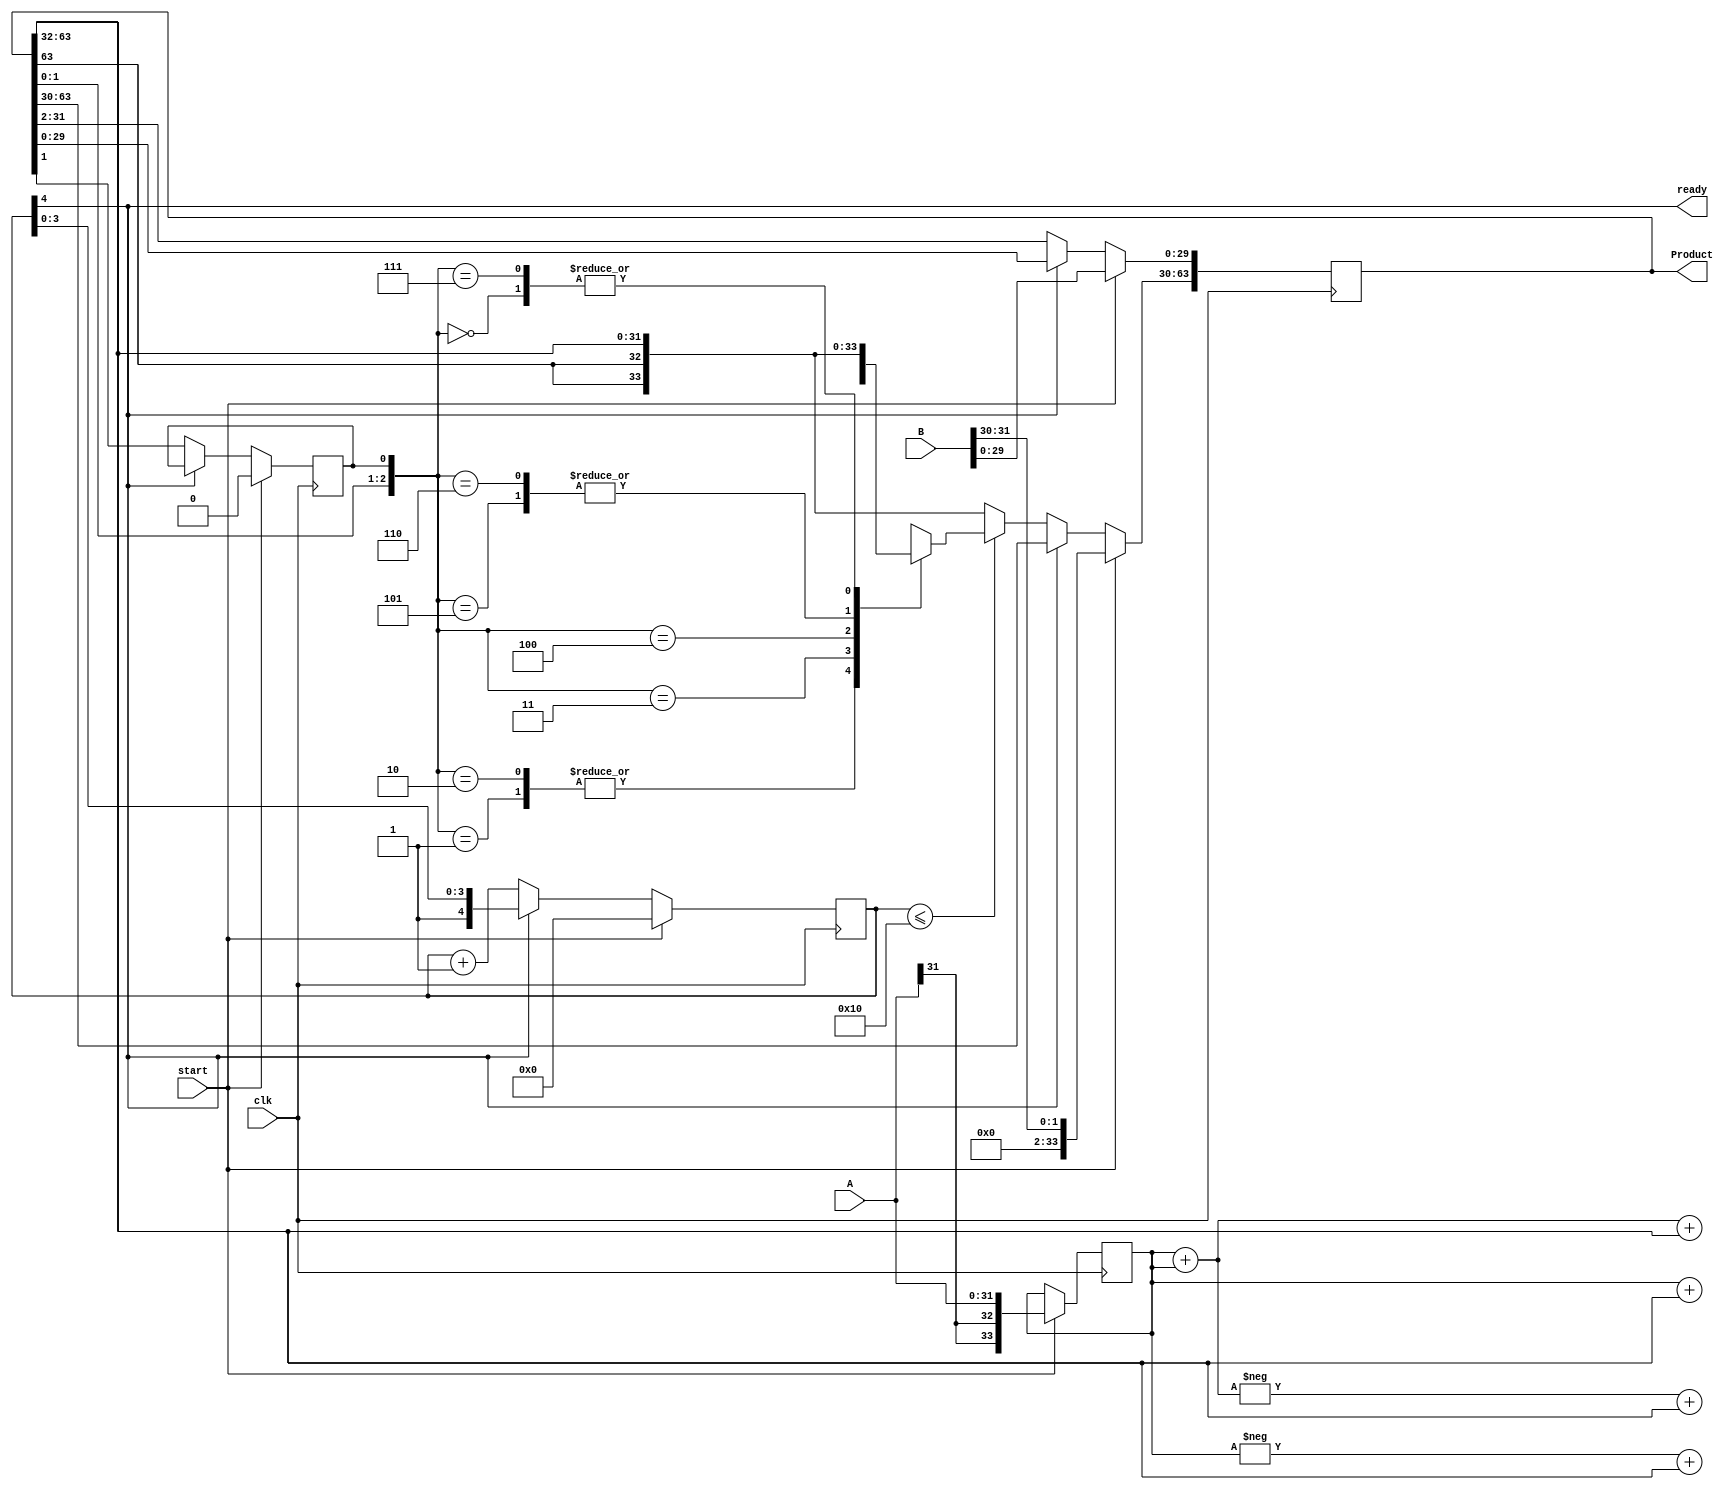
`timescale 1ns/1ns
module multiplier6#(parameter nb = 32)
(
//---------------------Port directions and deceleration
   input clk,  
   input start,
   input signed [nb-1:0] A,
   input signed [nb-1:0] B, 
   output reg signed [(2*nb)-1:0] Product,
   output ready
    );




//----------------------------------------------------

//--------------------------------- register deceleration
reg signed [nb+1:0] Multiplicand;
reg [($clog2(nb))-1:0] counter;
reg [3:0] ab;
reg abb;
reg [nb-1:0] BB;
reg signed [nb+1:0] adder_output;

//-----------------------------------------------------

//----------------------------------- wire deceleration
wire c_out;
wire [nb:0] chose;
//-------------------------------------------------------

//------------------------------------ combinational logic
assign ready = counter[$clog2(nb)-1];


//-------------------------------------------------------

//------------------------------------- sequential Logic
always @ (*)
adder_output = {Product[2*nb-1], Product[2*nb-1], Product[2*nb-1:nb]};

always @ (posedge clk)

   if(start) begin
      counter <= 0 ;
      Multiplicand <= {A>>>2, A[1] , A[0]};
      Product <= {{nb{1'b0}}, B};
      BB <= B;
      abb = 0;
   end

   else if(! ready) begin

         abb <= Product[1];
         Product <= ($signed(Product)) >>> 2;
         counter <= counter + 1;
         ab = {Product[1:0],abb};
              if(counter<=nb/2)
         begin
                   case (ab)
   3'b000: Product[2*nb-1:nb-2]<= adder_output;
   3'b001: Product[2*nb-1:nb-2]<=Multiplicand + adder_output;
   3'b010: Product[2*nb-1:nb-2] <= Multiplicand + adder_output;
   3'b011: Product[2*nb-1:nb-2] <= (Multiplicand + Multiplicand) + adder_output  ;
   3'b100: Product[2*nb-1:nb-2] <= -(Multiplicand + Multiplicand) + adder_output;
   3'b101: Product[2*nb-1:nb-2] <= -Multiplicand + adder_output;
   3'b110: Product[2*nb-1:nb-2] <= -Multiplicand + adder_output;
   3'b111: Product[2*nb-1:nb-2] <= adder_output;
   endcase
             
         end

   end   

endmodule